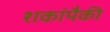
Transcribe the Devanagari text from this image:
शकांपैकी